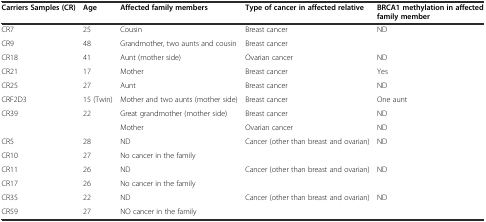
<table><thead><tr><td><b>Carriers Samples (CR)</b></td><td><b>Age</b></td><td><b>Affected family members</b></td><td><b>Type of cancer in affected relative</b></td><td><b>BRCA1 methylation in affected family member</b></td></tr></thead><tbody><tr><td>CR7</td><td>25</td><td>Cousin</td><td>Breast cancer</td><td>ND</td></tr><tr><td>CR9</td><td>48</td><td>Grandmother, two aunts and cousin</td><td>Breast cancer</td><td>[EMPTY_CELL]</td></tr><tr><td>CR18</td><td>41</td><td>Aunt (mother side)</td><td>Ovarian cancer</td><td>ND</td></tr><tr><td>CR21</td><td>17</td><td>Mother</td><td>Breast cancer</td><td>Yes</td></tr><tr><td>CR25</td><td>27</td><td>Aunt</td><td>Breast cancer</td><td>ND</td></tr><tr><td>CRF2D3</td><td>15 (Twin)</td><td>Mother and two aunts (mother side)</td><td>Breast cancer</td><td>One aunt</td></tr><tr><td rowspan="2">CR39</td><td rowspan="2">22</td><td>Great grandmother (mother side)</td><td>Breast cancer</td><td>ND</td></tr><tr><td>Mother</td><td>Ovarian cancer</td><td>ND</td></tr><tr><td>CR5</td><td>28</td><td>ND</td><td>Cancer (other than breast and ovarian)</td><td>ND</td></tr><tr><td>CR10</td><td>27</td><td>No cancer in the family</td><td>[EMPTY_CELL]</td><td>[EMPTY_CELL]</td></tr><tr><td>CR11</td><td>26</td><td>ND</td><td>Cancer (other than breast and ovarian)</td><td>ND</td></tr><tr><td>CR17</td><td>26</td><td>No cancer in the family</td><td>[EMPTY_CELL]</td><td>[EMPTY_CELL]</td></tr><tr><td>CR35</td><td>22</td><td>ND</td><td>Cancer (other than breast and ovarian)</td><td>ND</td></tr><tr><td>CR59</td><td>27</td><td>NO cancer in the family</td><td>[EMPTY_CELL]</td><td>[EMPTY_CELL]</td></tr></tbody></table>